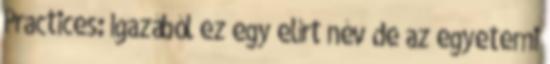
Practices: Igazából ez egy elírt név de az egyetemi